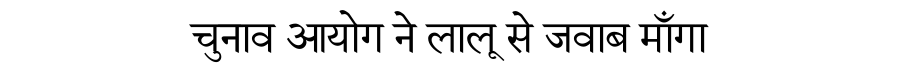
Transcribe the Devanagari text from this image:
चुनाव आयोग ने लालू से जवाब माँगा